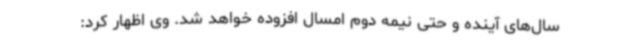
سال‌های آینده و حتی نیمه دوم امسال افزوده خواهد شد. وی اظهار کرد: